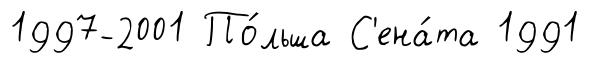
1997-2001 По́льша С'ена́та 1991